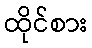
ထိုင်စား